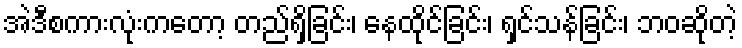
အဲဒီစကားလုံးကတော့ တည်ရှိခြင်း၊ နေထိုင်ခြင်း၊ ရှင်သန်ခြင်း၊ ဘဝဆိုတဲ့